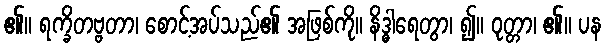
၏။ ရက္ခိတဗ္ဗတာ၊ စောင့်အပ်သည်၏ အဖြစ်ကို။ နိဒ္ဓါရေတွာ၊ ၍။ ဝုတ္တာ၊ ၏။ ပန